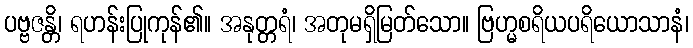
ပဗ္ဗဇန္တိ၊ ရဟန်းပြုကုန်၏။ အနုတ္တရံ၊ အတုမရှိမြတ်သော။ ဗြဟ္မစရိယပရိယောသာနံ၊